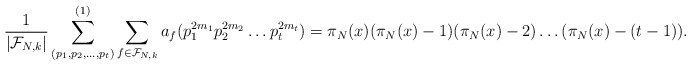
\begin{align*} \frac{1}{|\mathcal F_{N,k}|}\sum_{(p_1,p_2,\dots ,p_t)}^{(1)} \sum_{f \in \mathcal F_{N,k}} a_f(p_1^{2m_1}p_2^{2m_2}\dots p_t^{2m_t}) = \pi_N(x) (\pi_N(x) - 1) (\pi_N(x) - 2) \dots (\pi_N(x) - (t-1)).\end{align*}